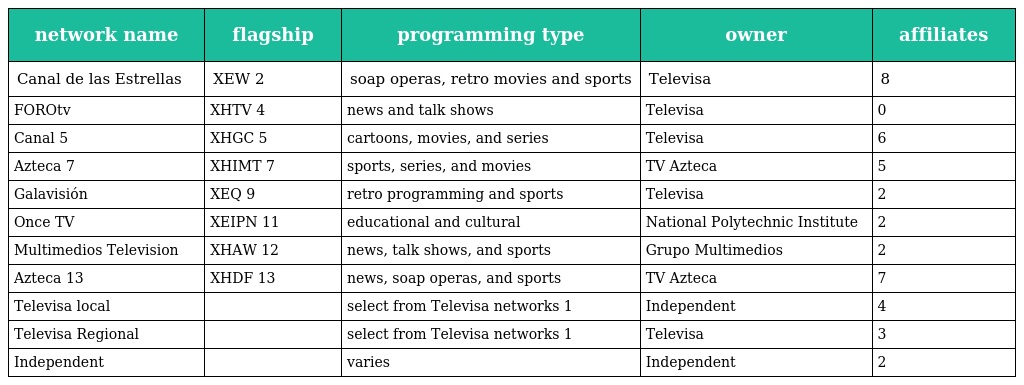
| network name | flagship | programming type | owner | affiliates |
 | --- | --- | --- | --- | --- |
 | Canal de las Estrellas | XEW 2 | soap operas, retro movies and sports | Televisa | 8 |
 | FOROtv | XHTV 4 | news and talk shows | Televisa | 0 |
 | Canal 5 | XHGC 5 | cartoons, movies, and series | Televisa | 6 |
 | Azteca 7 | XHIMT 7 | sports, series, and movies | TV Azteca | 5 |
 | Galavisión | XEQ 9 | retro programming and sports | Televisa | 2 |
 | Once TV | XEIPN 11 | educational and cultural | National Polytechnic Institute | 2 |
 | Multimedios Television | XHAW 12 | news, talk shows, and sports | Grupo Multimedios | 2 |
 | Azteca 13 | XHDF 13 | news, soap operas, and sports | TV Azteca | 7 |
 | Televisa local |  | select from Televisa networks 1 | Independent | 4 |
 | Televisa Regional |  | select from Televisa networks 1 | Televisa | 3 |
 | Independent |  | varies | Independent | 2 |